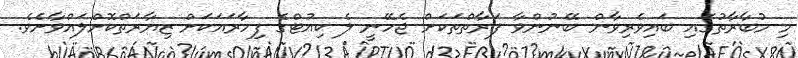
މި މުބާރާތުގައި ބައިވެރިވާން ބޭނުންވާ ފަރާތްތަކަށް ޖެހޭނީ ލެ ކިއުޓްގެ ފިހާރައަކަށް ޒިޔާރަތްކޮށްލައްވާށެވެ.